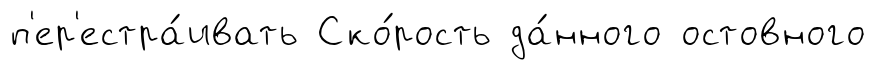
п'ер'естра́ивать Ско́рость да́нного остовного